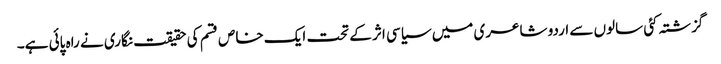
گزشتہ کئی سالوں سے اردو شاعری میں سیاسی اثر کے تحت ایک خاص قسم کی حقیقت نگاری نے راہ پائی ہے۔